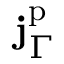
\mathbf { j } _ { \Gamma } ^ { \mathrm { p } }